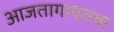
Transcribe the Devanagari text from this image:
आजतागायतचा